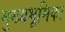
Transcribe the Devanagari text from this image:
मुख्यभूमिका